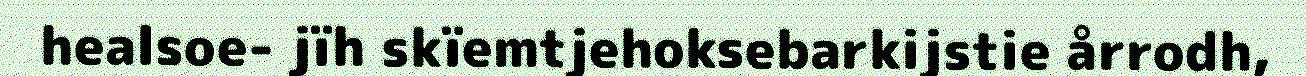
healsoe- jïh skïemtjehoksebarkijstie årrodh,